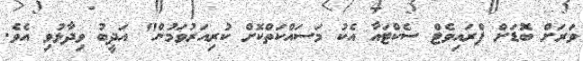
ވަރަށް ބޮޑަށް ޕްރައިވެޓް ސެކްޓައާ އެކު މަސައްކަތްކޮށް ކުރިއަރުވަމުން" އަދީބު ވިދާޅުވި އެވެ.